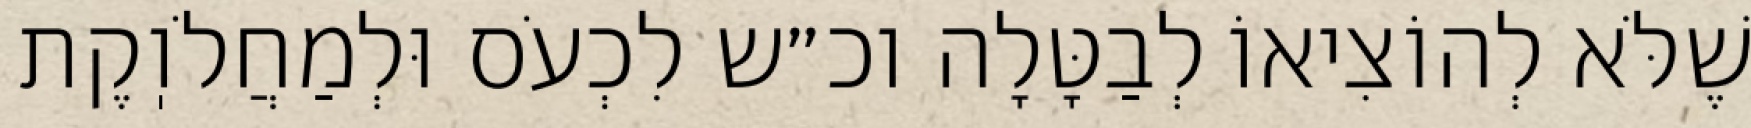
שֶׁלֹּא לְהוֹצִיאוֹ לְבַטָּלָה וכ״ש לִכְעֹס וּלְמַחֲלֹוֽקֶת